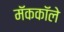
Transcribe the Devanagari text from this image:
मॅककॉले